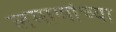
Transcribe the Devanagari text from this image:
लमाणांच्या